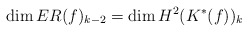
\begin{align*}\dim ER(f)_{k-2}=\dim H^2(K^*(f))_{k}\end{align*}